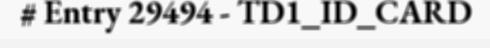
# Entry 29494 - TD1_ID_CARD